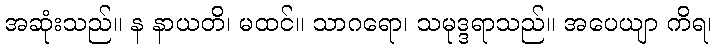
အဆုံးသည်။ န နာယတိ၊ မထင်။ သာဂရော၊ သမုဒ္ဒရာသည်။ အပေယျာ ကိရ၊